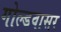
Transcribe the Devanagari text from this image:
गोल्डवासर